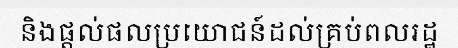
និងផ្តល់ផលប្រយោជន៍ដល់គ្រប់ពលរដ្ឋ